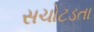
સચોટડતા